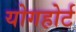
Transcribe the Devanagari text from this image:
योगहोर्ट